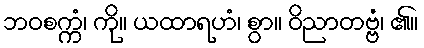
ဘဝစက္ကံ၊ ကို။ ယထာရဟံ၊ စွာ။ ဝိညာတဗ္ဗံ၊ ၏။